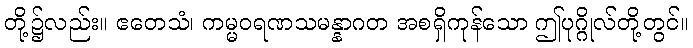
တို့၌လည်း။ ဧတေသံ၊ ကမ္မဝရဏသမန္နာဂတ အစရှိကုန်သော ဤပုဂ္ဂိုလ်တို့တွင်။